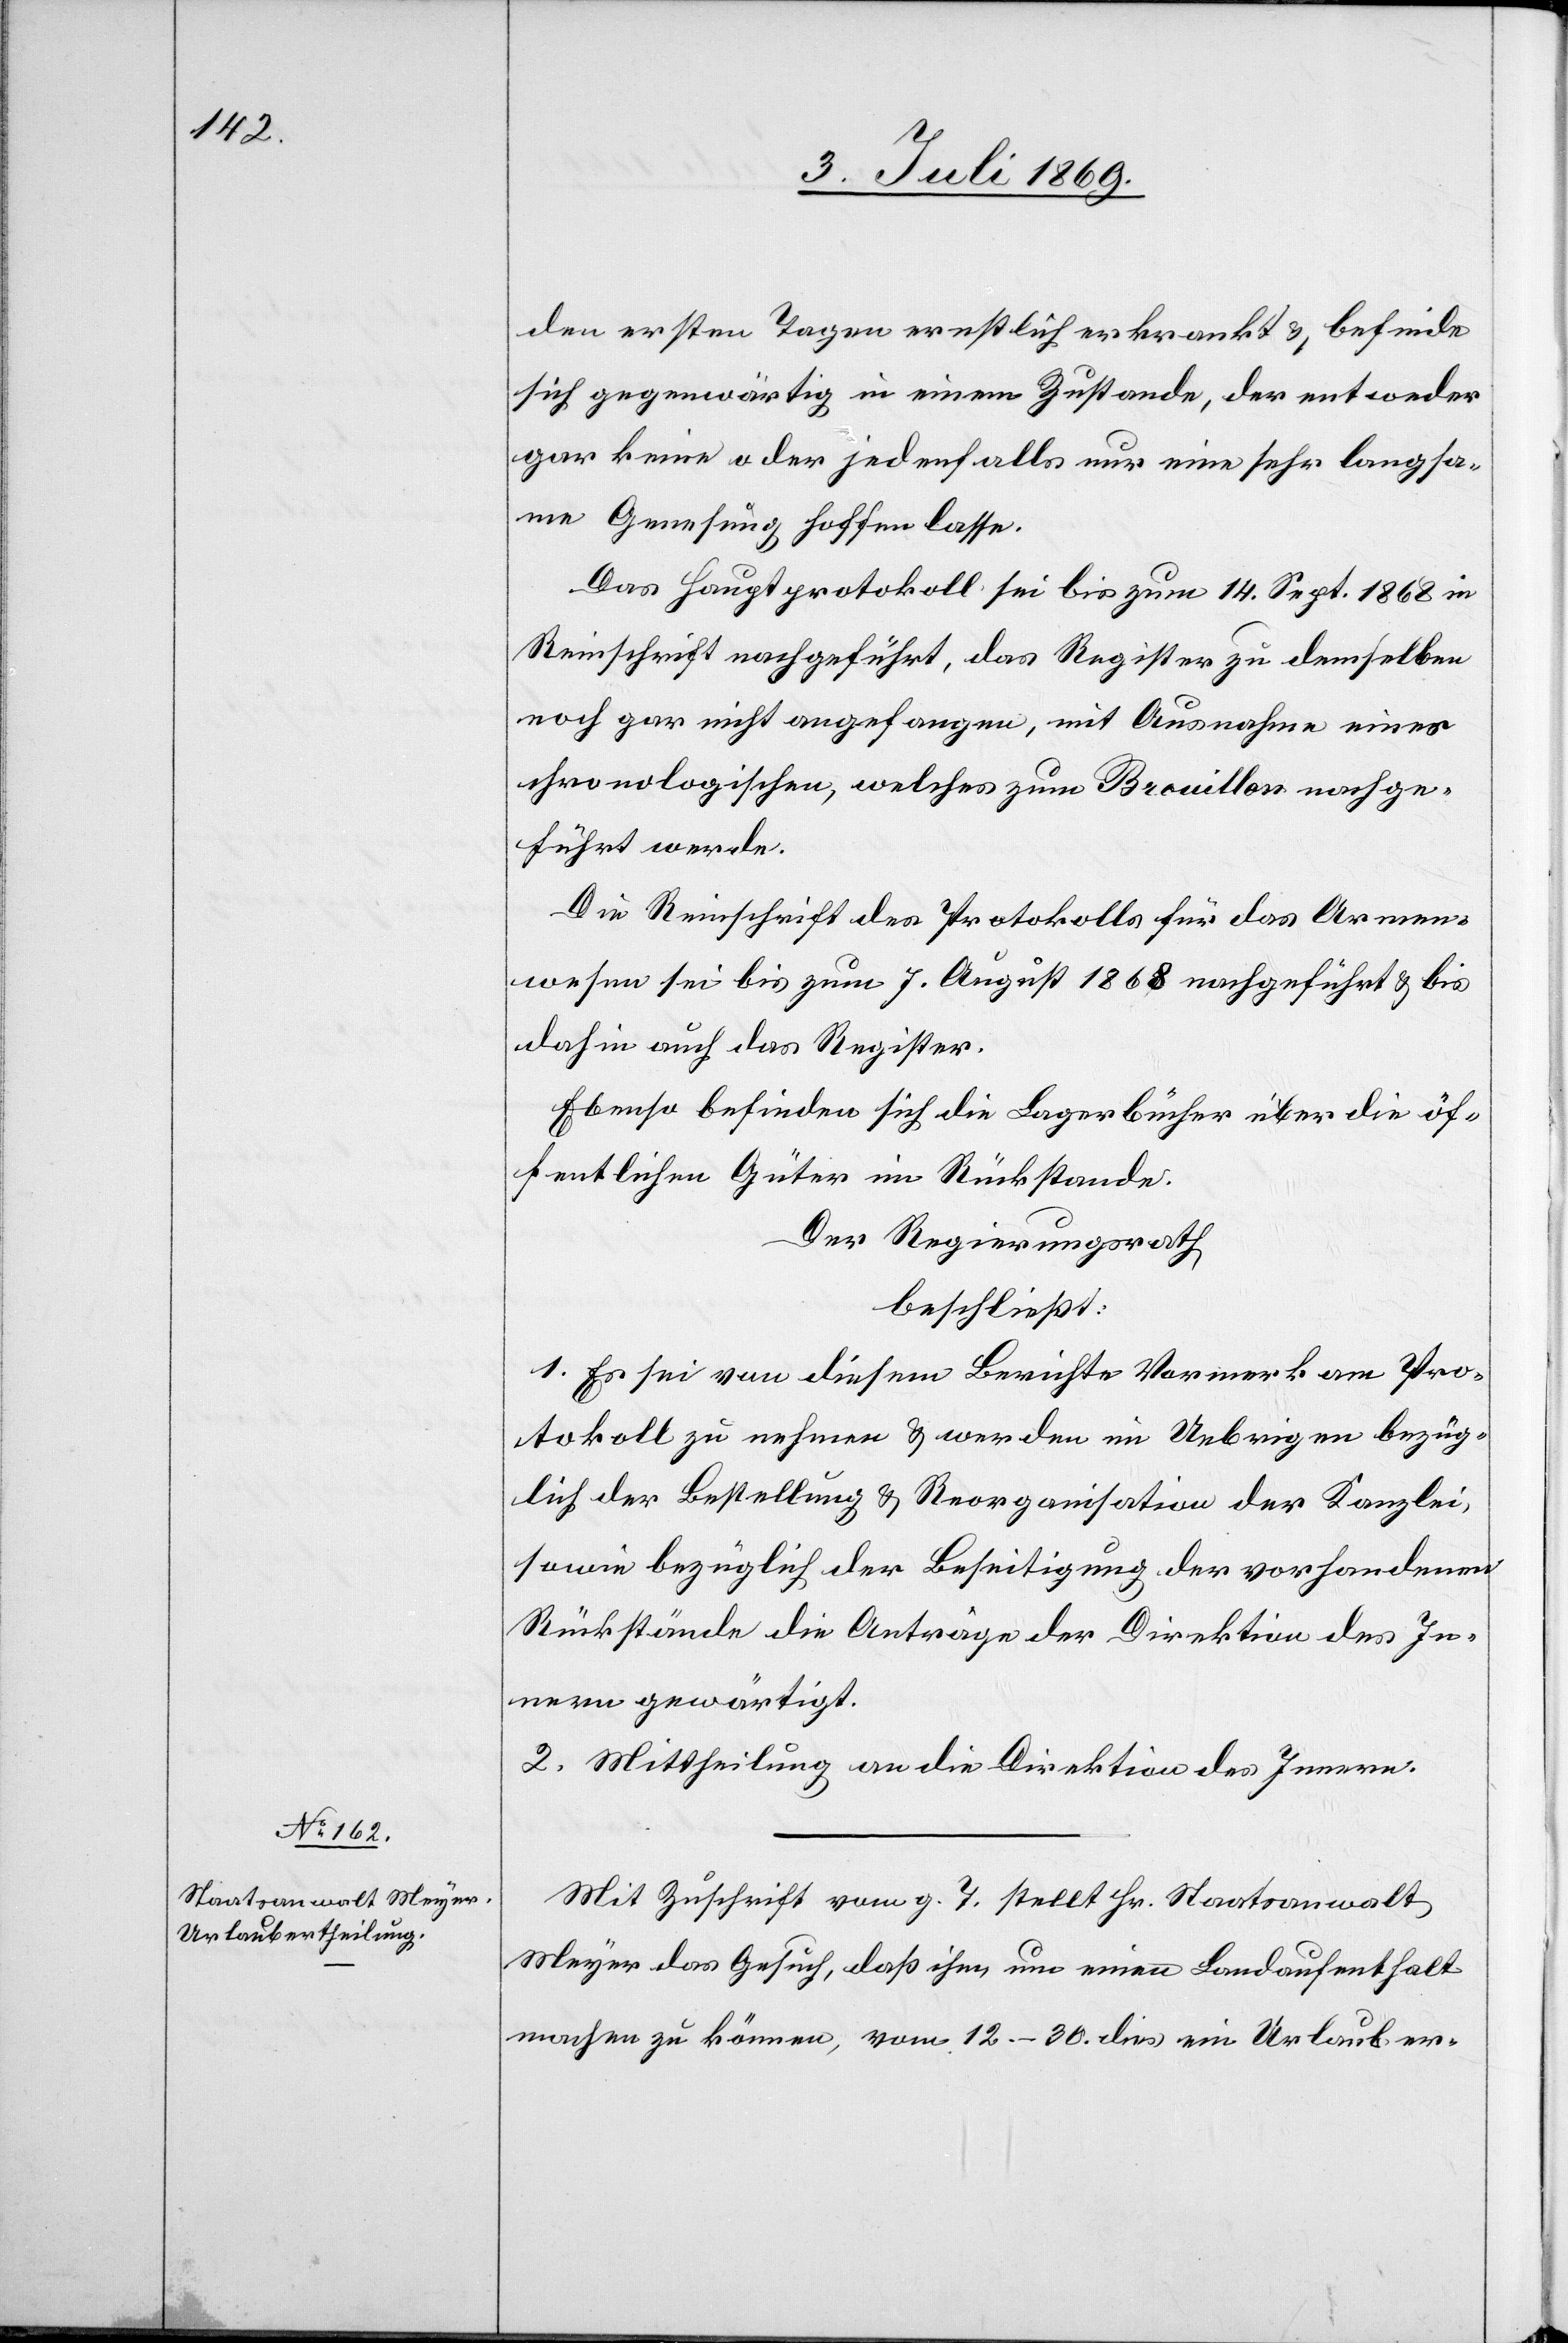
den ersten Tagen ernstlich erkrankt u. befinde
sich gegenwärtig in einem Zustande, der entweder
gar keine oder jedenfalls nur eine sehr langsa¬
me Genesung hoffen lasse.
Das Hauptprotokoll sei bis zum 14 Sept. 1868 in
Reinschrift nachgeführt, das Register zu demselben
noch gar nicht angefangen, mit Ausnahme eines
chronologischen, welches zum Brouillon nachge¬
führt werde.
Die Reinschrift des Protokolls für das Armen¬
wesen sei bis zum 7 August 1868 nachgeführt u. bis
dahin auch das Register.
Ebenso befinden sich die Lagerbücher über die öf¬
fentlichen Güter im Rückstande.
Der Regierungsrath
beschließt:
1. Es sei von diesem Berichte Vormerk am Pro¬
tokoll zu nehmen u. werden im Uebrigen bezüg¬
lich der Bestellung u. Reorganisation der Kanzlei,
sowie bezüglich der Beseitigung der vorhandenen
Rückstände die Anträge der Direktion des In¬
nern gewärtigt.
2. Mittheilung an die Direktion des Innern.
Mit Zuschrift vom g. T. stellt Hr. Staatsanwalt
Meyer das Gesuch, daß ihm nun einen Landaufenthalt
machen zu können, vom 12–30 dies ein Urlaub er-